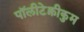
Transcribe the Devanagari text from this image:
पॉलीटेक्नीकुम